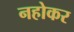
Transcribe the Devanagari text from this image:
नहोकर